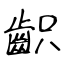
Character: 齞